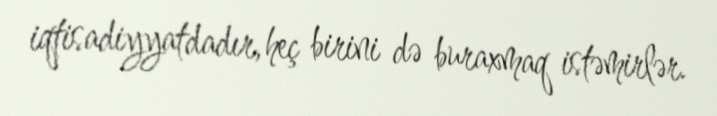
iqtisadiyyatdadır, heç birini də buraxmaq istəmirlər.